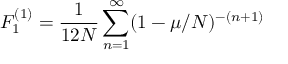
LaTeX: F _ { 1 } ^ { ( 1 ) } = { \frac { 1 } { 1 2 N } } \sum _ { n = 1 } ^ { \infty } ( 1 - \mu / N ) ^ { - ( n + 1 ) }